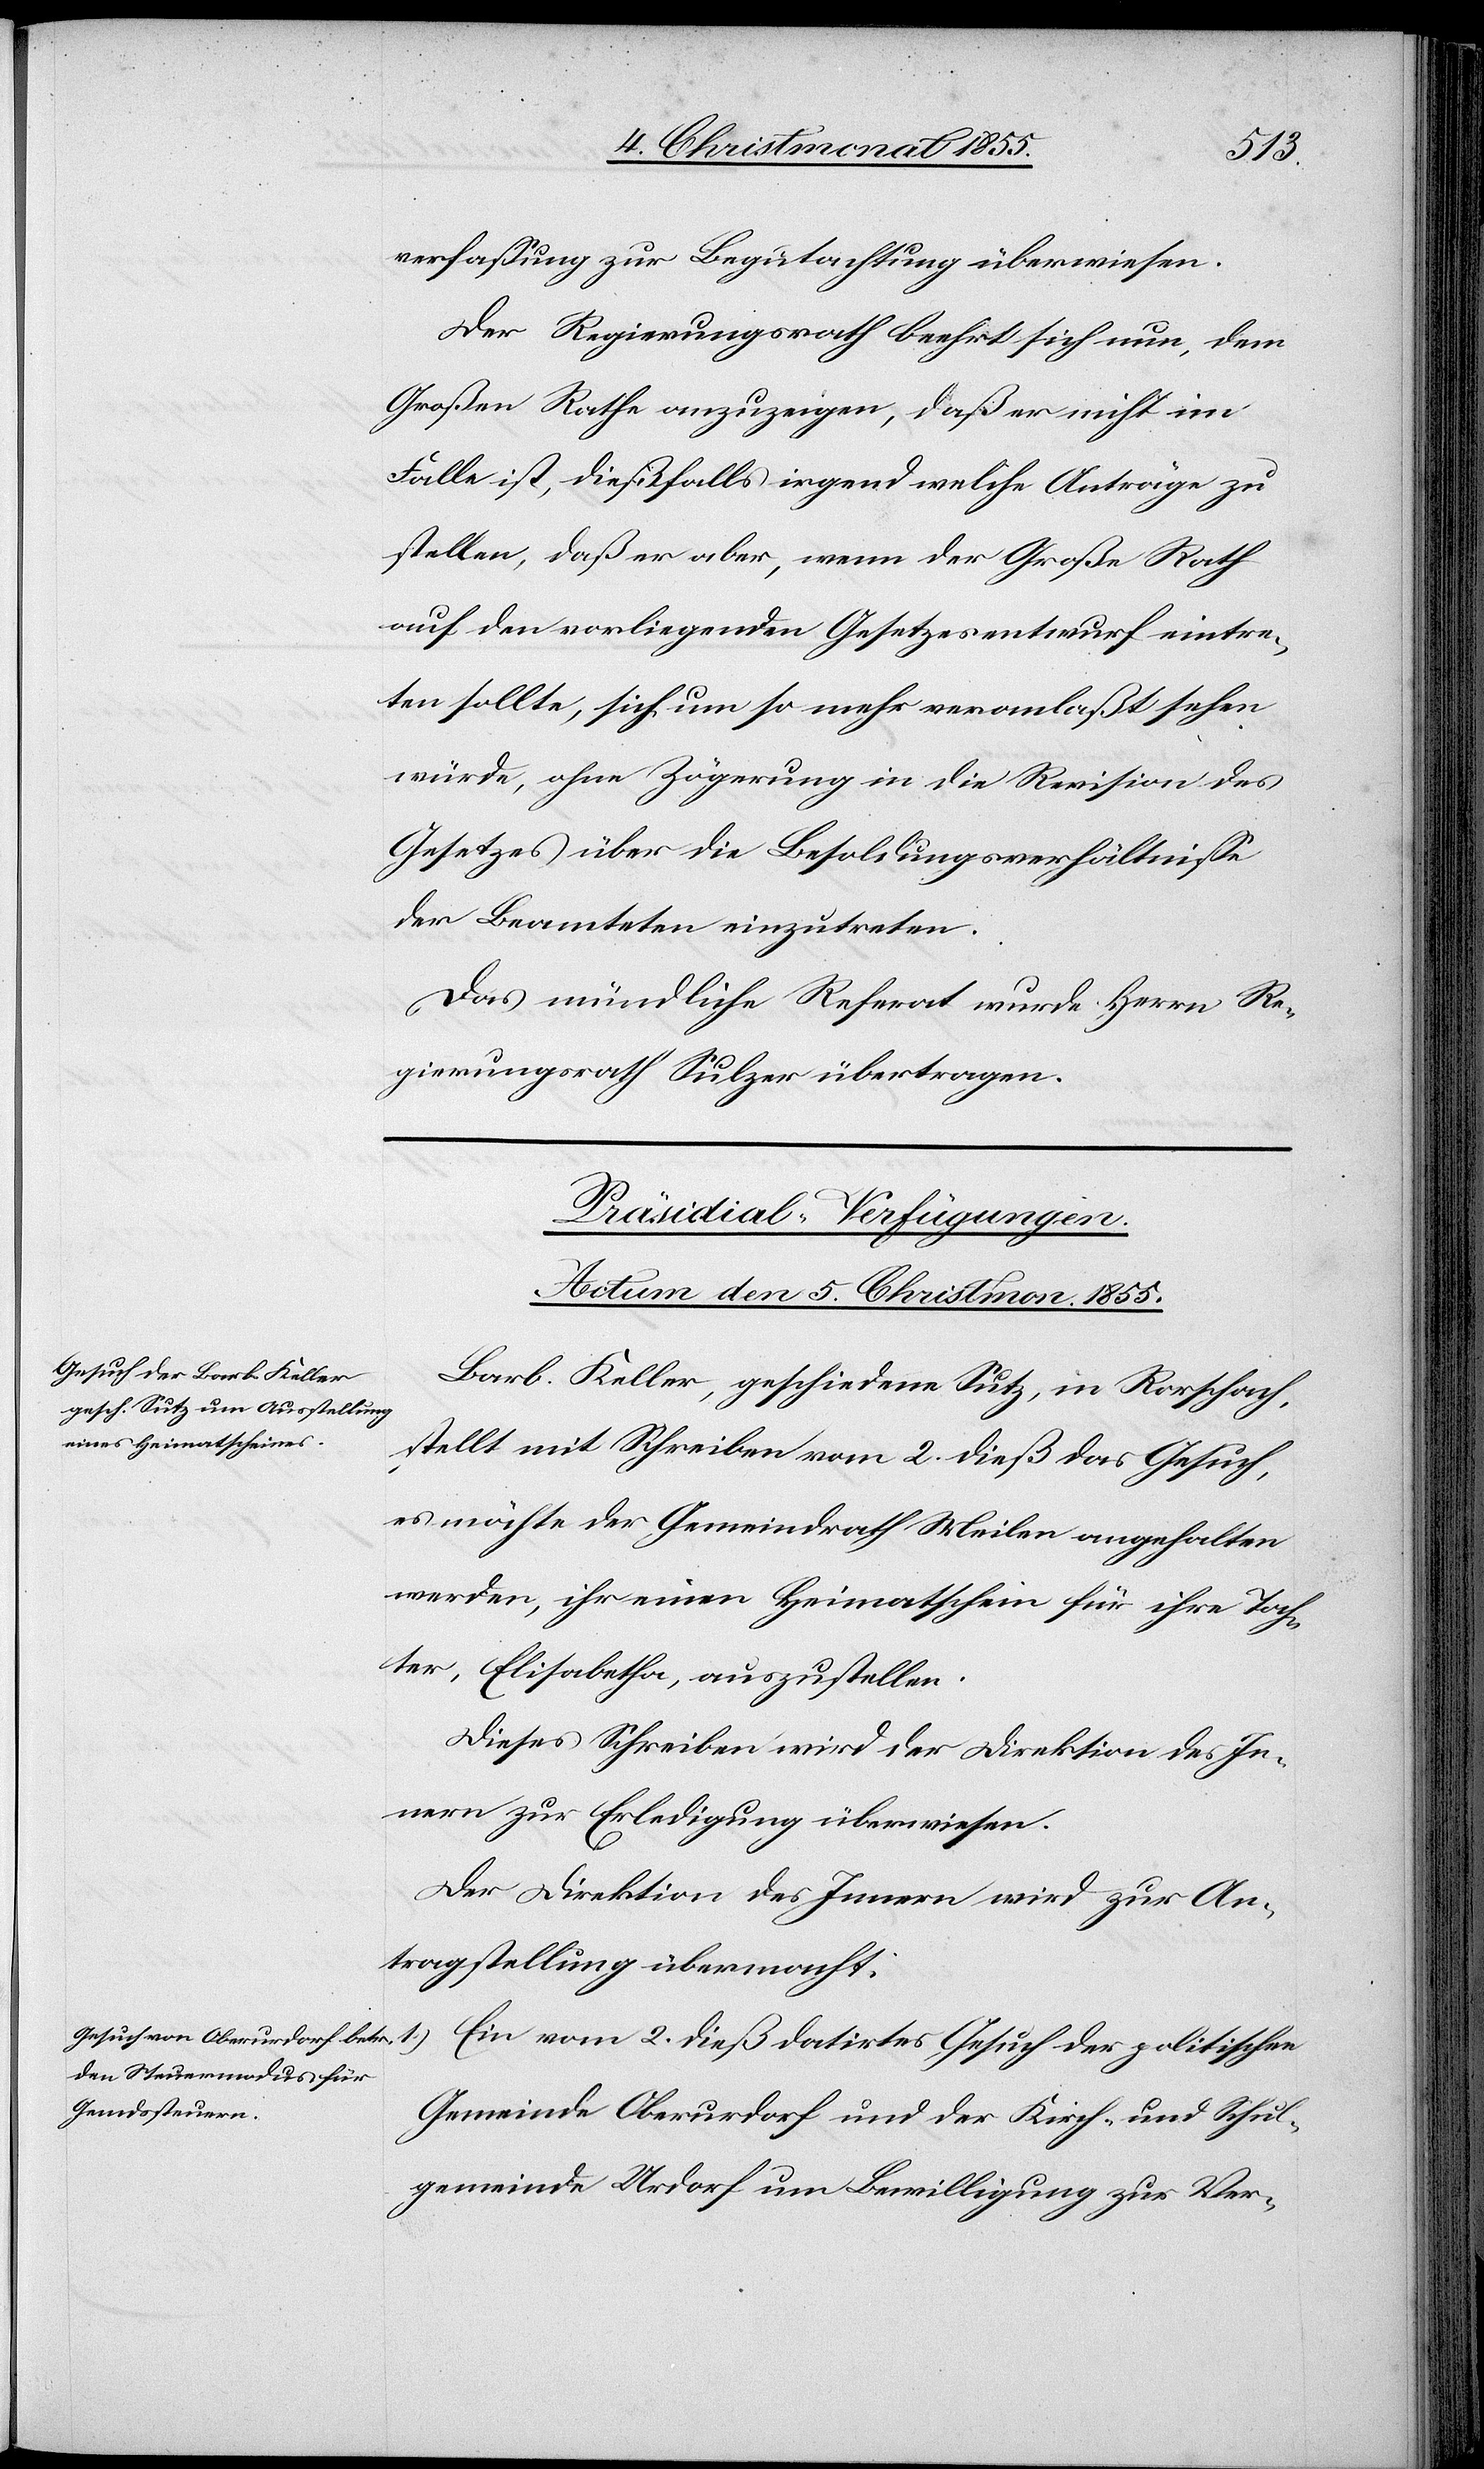
verfassung zur Begutachtung überwiesen.
Der Regierungsrath beehrt sich nun, dem
Großen Rathe anzuzeigen, daß er nicht im
Falle ist, dießfalls irgend welche Anträge zu
stellen, daß er aber, wenn der Große Rath
auf den vorliegenden Gesetzesentwurf eintre¬
ten sollte, sich um so mehr veranlaßt sehen
würde, ohne Zögerung in die Revision des
Gesetzes über die Besoldungsverhältnisse
der Beamteten einzutreten.
Das mündliche Referat wurde Herrn Re¬
gierungsrath Sulzer übertragen.
[Präsidial-Verfügungen.
Actum den 5. Christmon. 1855.]
Barb. Keller, geschiedene Sutz, in Rorschach,
stellt mit Schreiben vom 2. dieß das Gesuch,
es möchte der Gemeindrath Meilen angehalten
werden, ihr einen Heimatschein für ihre Toch¬
ter, Elisabetha, auszustellen.
Dieses Schreiben wird der Direktion des In¬
nern zur Erledigung überwiesen.
Der Direktion des Innern wird zur An¬
tragstellung übermacht:
1.)
Ein vom 2. dieß datirtes Gesuch der politischen
Gemeinde Oberurdorf und der Kirch- und Schul¬
gemeinde Urdorf um Bewilligung zur Ver-